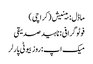
ماڈل : بینیش ( کراچی )
فوٹو گرافی : ناہید صدیقی
میک اپ :روز بیوٹی پارلر